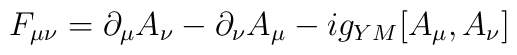
F_{\mu \nu} = \partial_\mu A_\nu -\partial_\nu A_\mu -i g_{YM}[A_\mu, A_\nu]